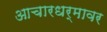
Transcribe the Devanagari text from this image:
आचारधर्मावर